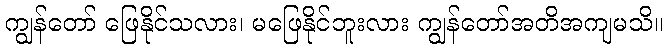
ကျွန်တော် ဖြေနိုင်သလား၊ မဖြေနိုင်ဘူးလား ကျွန်တော်အတိအကျမသိ။